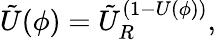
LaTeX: \tilde{U}(\phi)=\tilde{U}_{R}^{(1-U(\phi))},